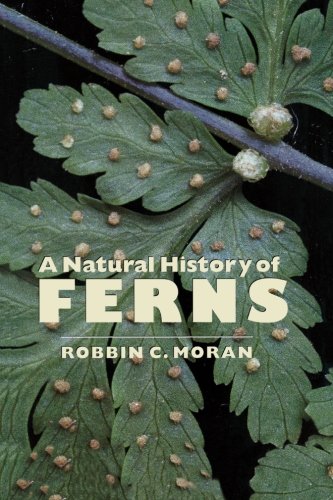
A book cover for A Natural History of Ferns; Robbin C. Moran; Crafts, Hobbies & Home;